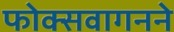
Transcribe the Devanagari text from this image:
फोक्सवागनने